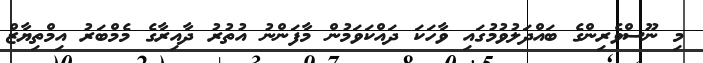
މި ނޫސްވެރިންގެ ބައްދަލުވުމުގައި ވާހަކަ ދައްކަވަމުން މާފަންނު އުތުރު ދާއިރާގެ މެމްބަރު އިމްތިޔާޒް